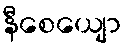
နီစေယျော